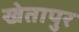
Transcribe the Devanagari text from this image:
खेतापुर